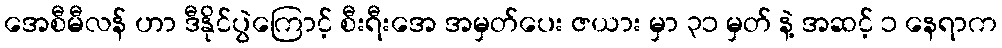
အေစီမီလန် ဟာ ဒီနိုင်ပွဲကြောင့် စီးရီးအေ အမှတ်ပေး ဇယား မှာ ၃၁ မှတ် နဲ့ အဆင့် ၁ နေရာက